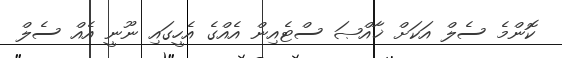
ކޮންމެ ސެލް އަކަށް ޚާއްޞަ ސްޓެއިން އެއްގެ އެހީގައި ނޫނީ އެއް ސެލް